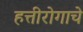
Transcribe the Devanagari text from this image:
हत्तीरोगाचे